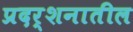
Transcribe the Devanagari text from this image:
प्रदर्शनातील